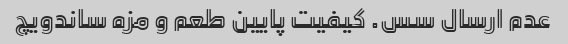
عدم ارسال سس. کیفیت پایین طعم و مزه ساندویچ